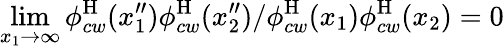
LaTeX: \operatorname*{lim}_{x_{1}\to\infty}{\phi_{cw}^{\mathrm{H}}(x_{1}^{\prime\prime})\phi_{cw}^{\mathrm{H}}(x_{2}^{\prime\prime})}/{\phi_{cw}^{\mathrm{H}}(x_{1})\phi_{cw}^{\mathrm{H}}(x_{2})}=0